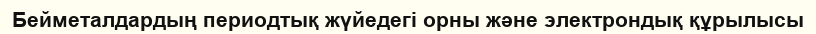
Бейметалдардың периодтық жүйедегі орны және электрондық құрылысы